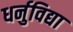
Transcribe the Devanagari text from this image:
धर्नुविद्या